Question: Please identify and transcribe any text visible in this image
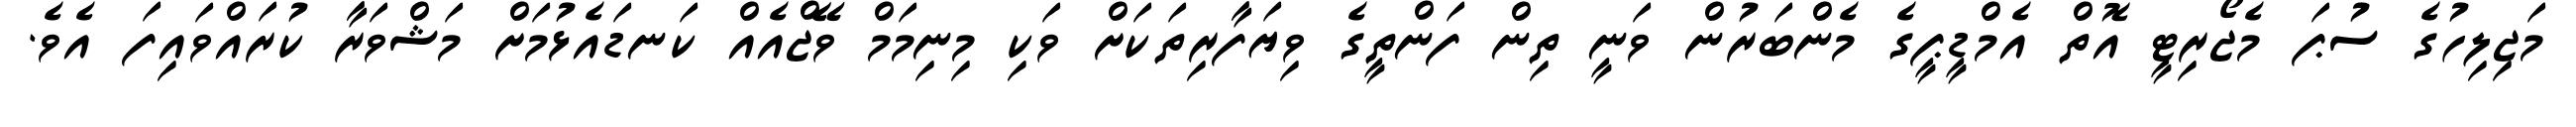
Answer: މަޖިލިހުގެ ސުޕަ މެޖޯރިޓީ އޮތް އެމްޑީޕީގެ މެންބަރުން ވަނީ ތިން ފަންތީގެ ވިޔަފާރިތަކަށް ވަކި މިނިމަމް ވޭޖްއެއް ކަނޑައެޅުމަށް މަޝްވަރާ ކުރައްވައިފަ އެވެ.